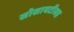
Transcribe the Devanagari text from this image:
सोसायटीसह